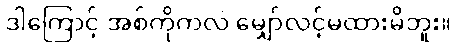
ဒါကြောင့် အစ်ကိုကလဲ မျှော်လင့်မထားမိဘူး။